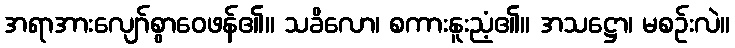
အရာအားလျော်စွာဝေဖန်၏။ သခိလော၊ စကားနူးညံ့၏။ အသဋ္ဌော၊ မစဉ်းလဲ။